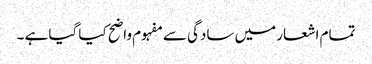
تمام اشعار میں سادگی سے مفہوم واضح کیا گیا ہے ۔